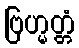
ဗြဟ္မတ္တံ